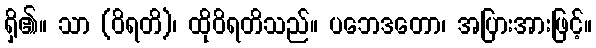
ရှိ၏။ သာ (ဝိရတိ)၊ ထိုဝိရတိသည်။ ပဘေဒတော၊ အပြားအားဖြင့်။